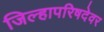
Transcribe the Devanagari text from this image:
जिल्हापरिषदेवर